Annual administration report of the Civil Veterinary Department, Sind - 1945-1946
Year: 1945
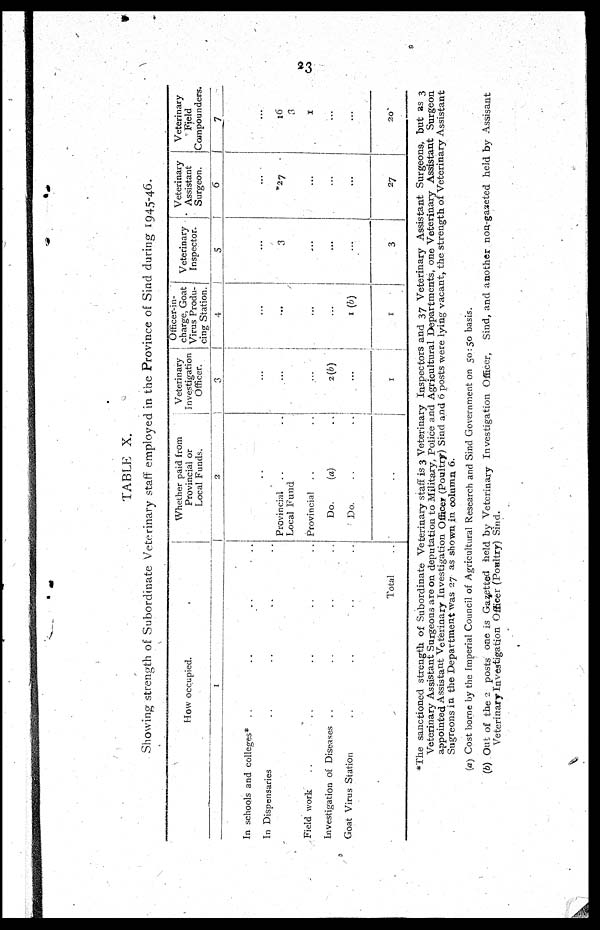
23
TABLE X.
Showing strength of Subordinate Veterinary staff employed in the Province of Sind during 1945-46.
How occupied.
1
In schools and colleges* .. .. ..
In Dispensaries .. .. ..
field work .. .. .. ..
Investigation of Diseases .. .. ..
Goat Virus Station .. .. ..
Total ..
Whether paid from
Provincial or
Local Funds.
2
..
.. ..
Provincial
..
Local Fund
.. Provincial ..
..
Do.
(a) ..
..
Do. ..
.. ..
Veterinary
Investigation
Officer.
3
...
...
...
...
2(b)
...
1
Officer-in-
charge, Goat
Virus Produ-
cing Station.
4
...
...
...
...
1(b)
1
Veterinary
Inspector.
5
...
3
...
...
...
3
Veterinary
Assistant
Surgeon.
6
...
27
...
...
...
27
Veterinary
Field
Compounders
7
...
16
1
...
...
...
20
*The sanctioned strength of Subordinate Veterinary staff is 3 Veterinary Inspectors and 37 Veterinary Assistant Surgeons, but as 3
Veterinary Assistant Surgeons are on deputation to Military, Police and Agricultural Departments, one Veterinary Assistant Surgeon
appointed Assistant Veterinary Investigation Officer (Poultry) Sind and 6 posts were lying vacant, the strength of Veterinary Assistant
Sugreons in the Department was 27 as shown in column 6.
(a) Cost borne by the Imperial Council of Agricultural Research and Sind Government on 50:50 basis.
(b) Out of the 2 posts one is Gazetted held by Veterinary Investigation Officer, Sind, and another non-gazeted held by Assisant
Veterinary Investigation Officer (Poultry) Sind.